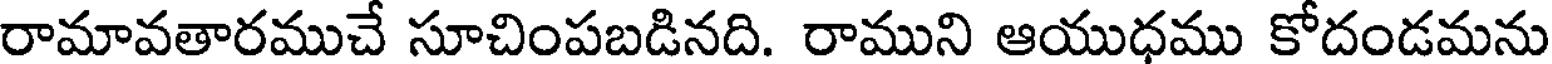
రామావతారముచే సూచింపబడినది. రాముని ఆయుధము కోదండమను